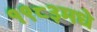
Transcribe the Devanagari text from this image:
१९८३मधे